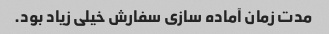
مدت زمان آماده سازی سفارش خیلی زیاد بود.